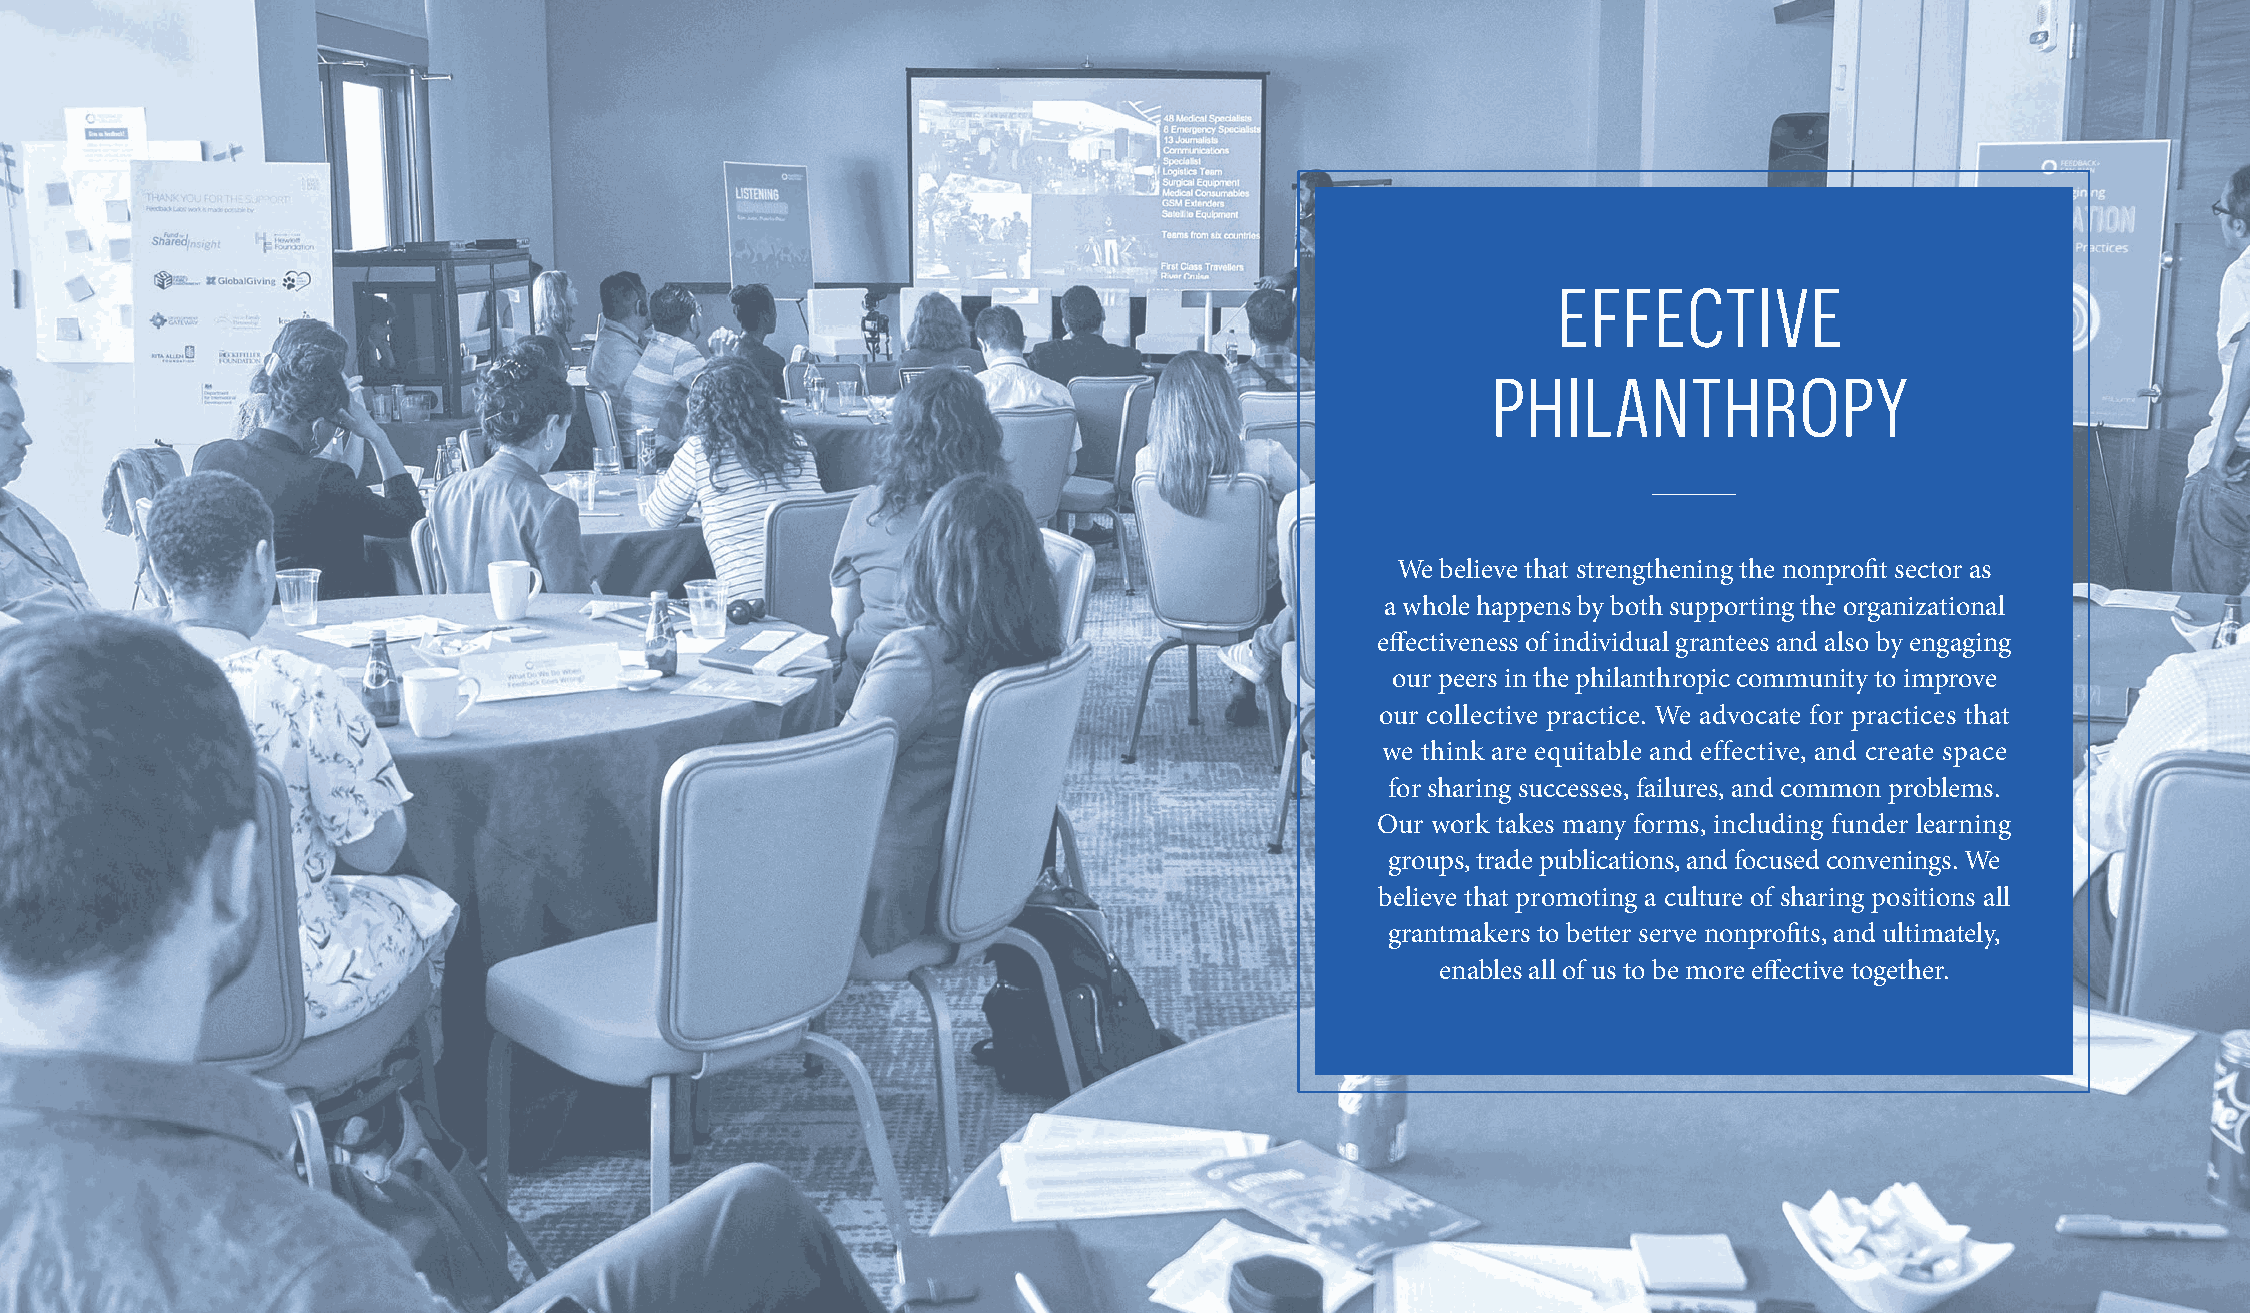
SIEGEL FAMILY ENDOWMENT                                                                                                           2021 YEAR IN REVIEW 29
 EFFECTIVE
 PHILANTHROPY
 We believe that strengthening the nonprofit sector as
 a whole happens by both supporting the organizational
 effectiveness of individual grantees and also by engaging
 our peers in the philanthropic community to improve
 our collective practice. We advocate for practices that
 we think are equitable and effective, and create space
 for sharing successes, failures, and common problems.
 Our work takes many forms, including funder learning
 groups, trade publications, and focused convenings. We
 believe that promoting a culture of sharing positions all
 grantmakers to better serve nonprofits, and ultimately,
 enables all of us to be more effective together.